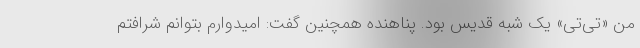
من «تی‌تی» یک شبه قدیس بود. پناهنده همچنین گفت: امیدوارم بتوانم شرافتم